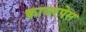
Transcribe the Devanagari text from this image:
क्वायरपेस